Report on vaccination in the Province of Bengal - 1874-1889
Year: 1874
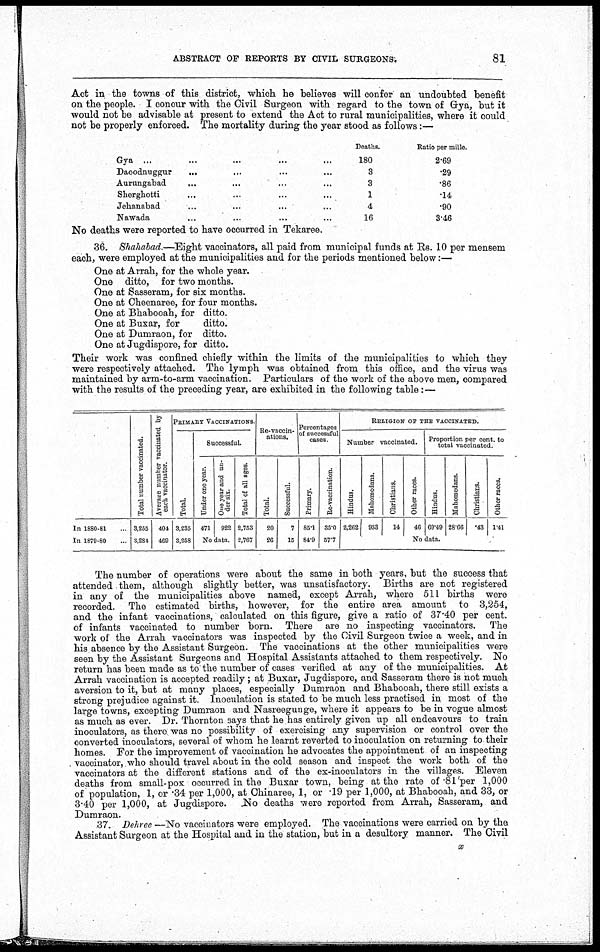
ABSTRACT OF REPORTS BY CIVIL SURGEONS.
81
Act in the towns of this district, which he believes will confer an undoubted benefit
on the people. I concur with the Civil Surgeon with regard to the town of Gya, but it
would not be advisable at present to extend the Act to rural municipalities, where it could
not be properly enforced. The mortality during the year stood as follows:
Gya... ... ... ...
Daoodnuggur... ... ... ...
Aurungabad... ... ... ...
Sherghotti... ... ... ...
Jehanabad... ... ... ...
Nawada... ... ... ...
Deaths.
180
3
3
1
4
16
Ratio per mille.
2.69
.29
.86
.14
.90
3.46
No deaths were reported to have occurred in Tekaree.
36. Shahabad.—Eight vaccinators, all paid from municipal funds at Rs. 10 per mensem
each, were employed at the municipalities and for the periods mentioned below:—
One at Arrah, for the whole year.
One ditto, for two months.
One at Sasseram, for six months.
One at Cheenaree, for four months.
One at Bhabooah, for ditto.
One at Buxar, for
ditto.
One at Dumraon, for ditto.
One at Jugdispore, for ditto.
Their work was confined chiefly within the limits of the municipalities to which they
were respectively attached. The lymph was obtained from this office, and the virus was
maintained by arm-to-arm vaccination. Particulars of the work of the above men, compared
with the results of the preceding year, are exhibited in the following table:—
In 1880-81...
In 1879-80...
Total number vaccinated.
3,255
3,284
Average number vaccinated by
each vaccinator.
404
469
PRIMARY VACCINATIONS.
Total.
3,235
3,258
Successful.
Under one year.
471
One year and un-
der six.
922
No data.
Total of all ages.
2,753
2,767
Re-vaccin-
ations.
Total.
20
26
Successful.
7
15
Percentages
of successful
cases.
Primary.
85.1
84.9
Re-vaccination.
35.0
57.7
RELIGION OF THE VACCINATED.
Number vaccinated.
Hindus.
2,262
Mahomedans.
933
Christians.
14
Other races.
46
Proportion per cent. to
total vaccinated.
Hindus.
69.49
Mahomedans.
28.66
Christians.
.43
Other races.
1.41
No data.
The number of operations were about the same in both years, but the success that
attended them, although slightly better, was unsatisfactory. Births are not registered
in any of the municipalities above named, except Arrah, where 511 births were
recorded. The estimated births, however, for the entire area amount to 3,254,
and the infant vaccinations, calculated on this figure, give a ratio of 37.40 per cent.
of infants vaccinated to number born. There are no inspecting vaccinators. The
work of the Arrah vaccinators was inspected by the Civil Surgeon twice a week, and in
his. absence by the Assistant Surgeon. The vaccinations at the other municipalities were
seen by the Assistant Surgeons and Hospital Assistants attached to them respectively. No
return has been made as to the number of cases verified at any of the municipalities. At
Arrah vaccination is accepted readily; at Buxar, Jugdispore, and Sasseram there is not much
aversion to it, but at many places, especially Dumraon and Bhabooah, there still exists a
strong prejudice against it. Inoculation is stated to be much less practised in most of the
large towns, excepting Dumraon and Nasreegunge, where it appears to be in vogue almost
as much as ever. Dr. Thornton says that he has entirely given up all endeavours to train
inoculators, as there was no possibility of exercising any supervision or control over the
converted inoculators, several of whom he learnt reverted to inoculation on returning to their
homes. For the improvement of vaccination he advocates the appointment of an inspecting
vaccinator, who should travel about in the cold season and inspect the work both of the
vaccinators at the different stations and of the ex-inoculators in the villages. Eleven
deaths from small-pox occurred in the Buxar town, being at the rate of.81 per 1,000
of population, 1, or .34 per 1,000, at Chinaree, 1, or .19 per 1,000, at Bhabooah, and 33, or
3.40 per 1,000, at Jugdispore.
No deaths were reported from Arrah, Sasseram, and
Dumraon.
37. Dehree —No vaccinators were employed. The vaccinations were carried on by the
Assistant Surgeon at the Hospital and in the station, but in a desultory manner. The Civil
x